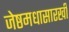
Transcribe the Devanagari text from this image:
जेष्ठमधासारखी